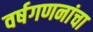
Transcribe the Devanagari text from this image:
वर्षगणनांचा